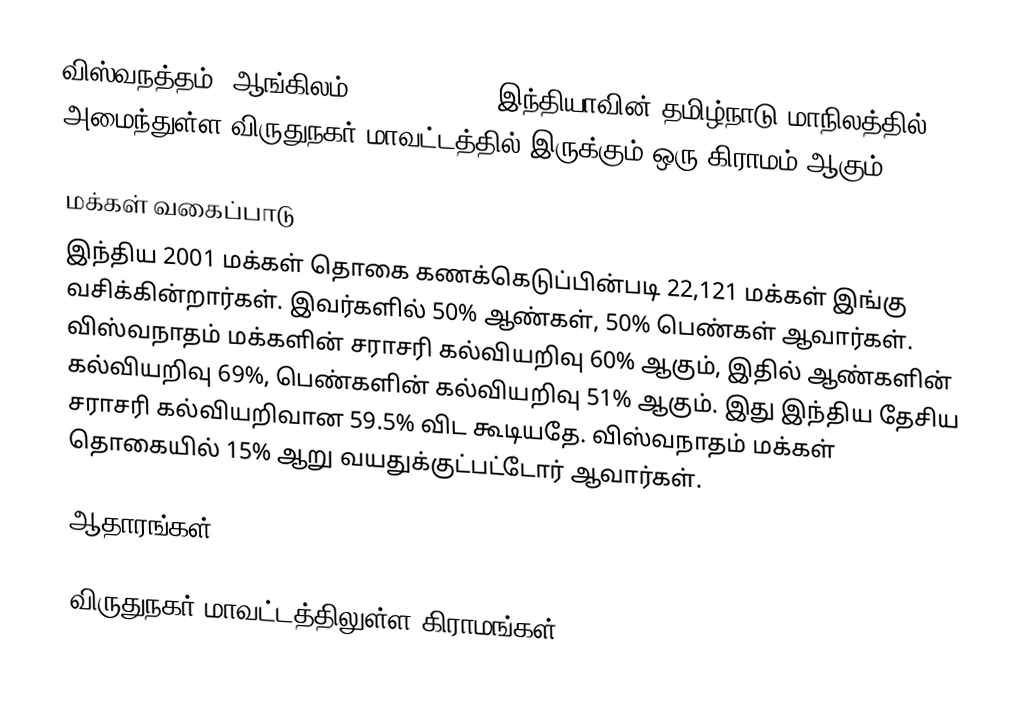
விஸ்வநத்தம் (ஆங்கிலம்:Viswanatham), இந்தியாவின் தமிழ்நாடு மாநிலத்தில் அமைந்துள்ள விருதுநகர் மாவட்டத்தில் இருக்கும் ஒரு கிராமம் ஆகும்.

மக்கள் வகைப்பாடு
இந்திய 2001 மக்கள் தொகை கணக்கெடுப்பின்படி 22,121 மக்கள் இங்கு வசிக்கின்றார்கள். இவர்களில் 50% ஆண்கள், 50% பெண்கள் ஆவார்கள். விஸ்வநாதம் மக்களின் சராசரி கல்வியறிவு 60% ஆகும், இதில் ஆண்களின் கல்வியறிவு 69%, பெண்களின் கல்வியறிவு 51% ஆகும். இது இந்திய தேசிய சராசரி கல்வியறிவான 59.5% விட கூடியதே. விஸ்வநாதம் மக்கள் தொகையில் 15% ஆறு வயதுக்குட்பட்டோர் ஆவார்கள்.

ஆதாரங்கள்

விருதுநகர் மாவட்டத்திலுள்ள கிராமங்கள்